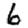
Digit: 6